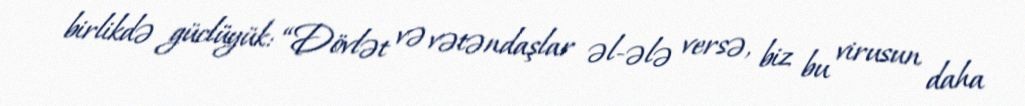
birlikdə güclüyük: “Dövlət və vətəndaşlar əl-ələ versə, biz bu virusun daha